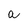
Character: a